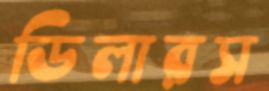
ডিলারস